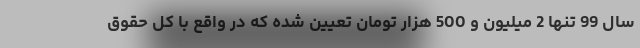
سال 99 تنها 2 میلیون و 500 هزار تومان تعیین شده که در واقع با کل حقوق